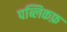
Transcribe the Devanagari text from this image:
पब्लिकफ़